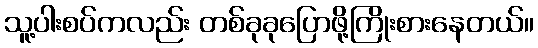
သူ့ပါးစပ်ကလည်း တစ်ခုခုပြောဖို့ကြိုးစားနေတယ်။